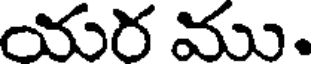
యర ము.